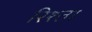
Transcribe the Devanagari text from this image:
रिश्‍ता